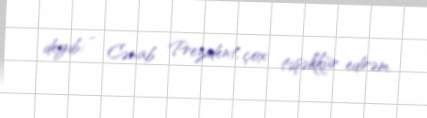
deyib: - Cənab Prezident, çox təşəkkür edirəm.